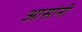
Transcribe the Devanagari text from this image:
आसांनी